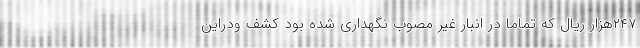
۲۴۷هزار ریال که تماما در انبار غیر مصوب نگهداری شده بود کشف ودراین